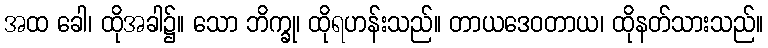
အထ ခေါ၊ ထိုအခါ၌။ သော ဘိက္ခု၊ ထိုရဟန်းသည်။ တာယဒေဝတာယ၊ ထိုနတ်သားသည်။